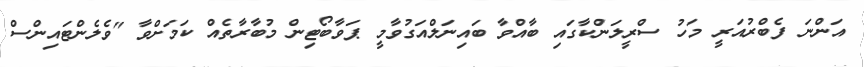
އަންނަ ފެބްރުއަރީ މަހު ސްރީލަންކާގައި ބާއްވާ ބައިނަލްއަގުވާމީ ޕަވާބޯޓިން މުބާރާތެއް ކަމަށްވާ "ވެލެންޓައިންސް